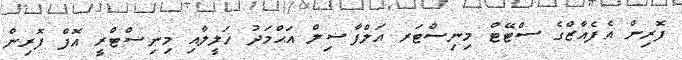
ފޮރިން އެފެއާޒްގެ ސްޓޭޓް މިނިސްޓަރ އަލްފާޟިލް އަޙްމަދު ޚަލީލާއި މިނިސްޓްރީ އޮފް ފޮރިން